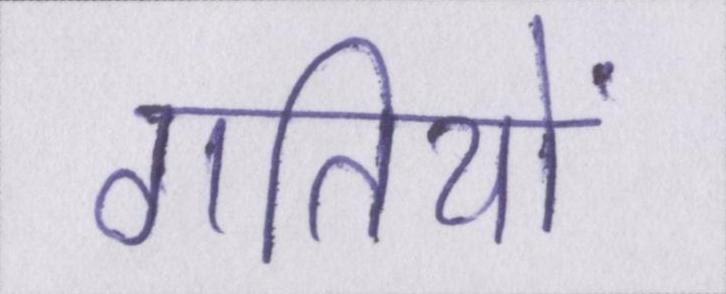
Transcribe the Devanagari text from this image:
गतियों